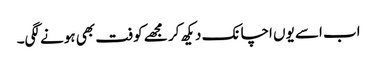
اب اسے یوں اچانک دیکھ کر مجھے کوفت بھی ہونے لگی۔